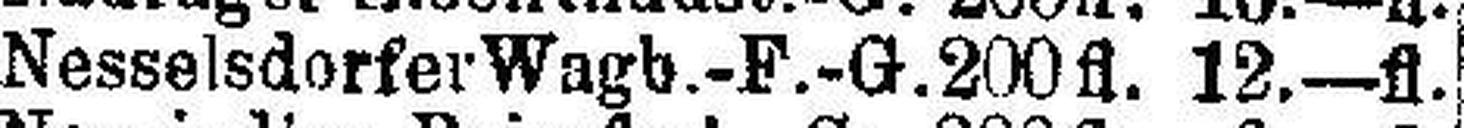
Nesselsdorfer Wagb.-F.-G. 200fl. 12.—fl.